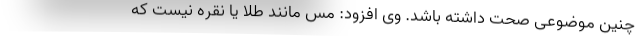
چنین موضوعی صحت داشته باشد. وی افزود: مس مانند طلا یا نقره نیست که